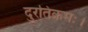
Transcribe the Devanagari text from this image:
दुरतिक्रमः।